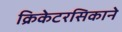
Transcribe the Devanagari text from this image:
क्रिकेटरसिकाने